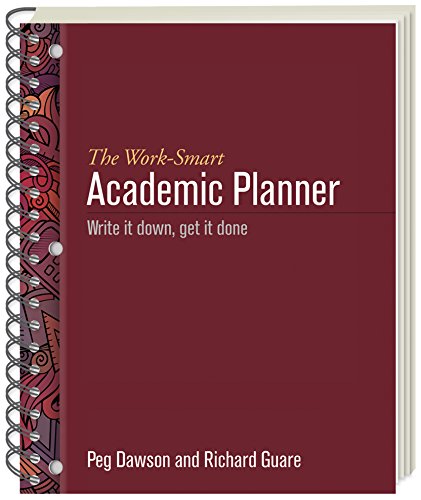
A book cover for The Work-Smart Academic Planner: Write It Down, Get It Done; Peg Dawson EdD; Test Preparation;